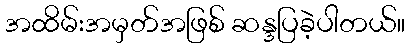
အထိမ်းအမှတ်အဖြစ် ဆန္ဒပြခဲ့ပါတယ်။